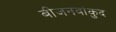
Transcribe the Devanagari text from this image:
बीजनवांकुद